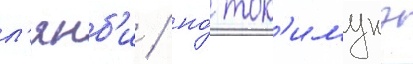
л'янб'и / но́ ток'имунэ